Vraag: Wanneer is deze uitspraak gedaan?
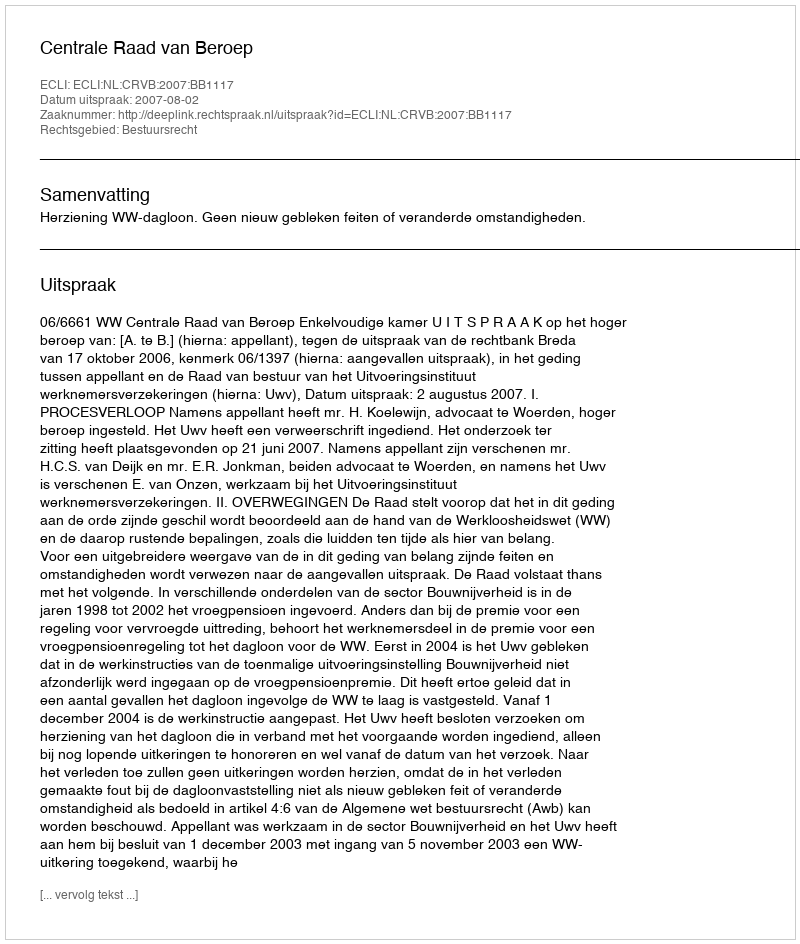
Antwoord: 2007-08-02